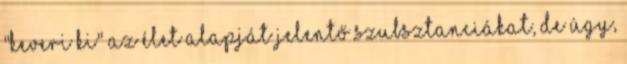
"keveri ki" az élet alapját jelentő szubsztanciákat, de úgy,